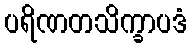
ပရိဏတသိက္ခာပဒံ